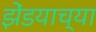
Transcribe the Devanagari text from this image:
झेंडयाच्या